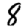
Digit: 8